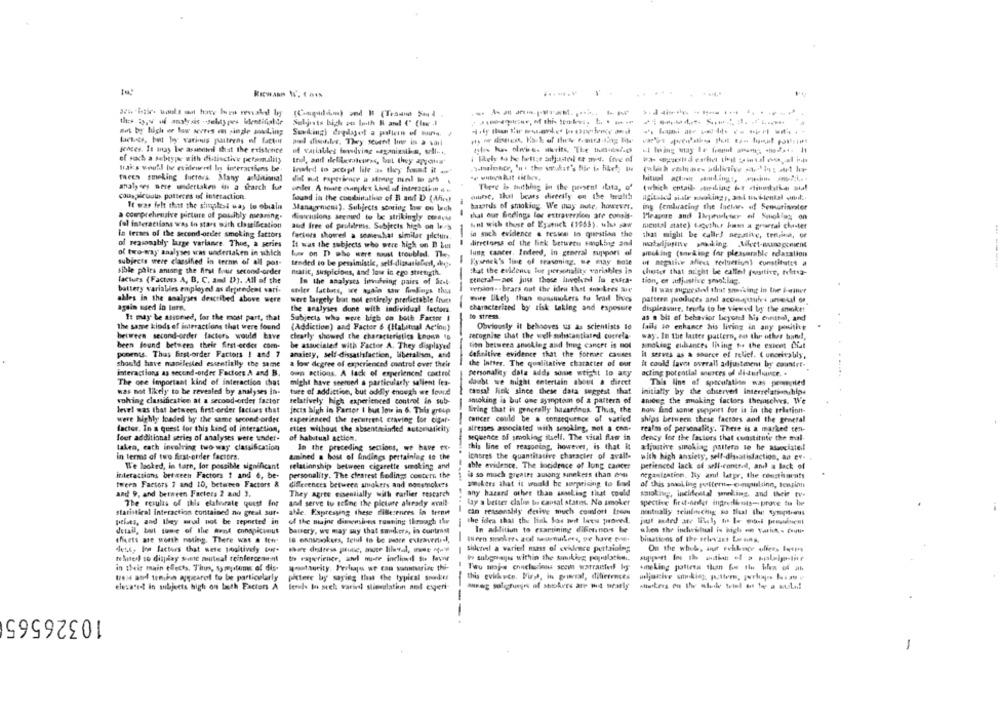
......
--------.-
sont by high w low wires en sindle matin;
Suvking) digdet a palien of mars.
tette, but by various pastryas of factor
piel distider, They scuent line in a sail
gences. It may be asusmed that the existence
of variables fewdring saganinstin, self -..
of sach a farbtyper with distinctive personality
Baks would be eridriveet In interactions be-
Inated to accept life as they fount it .we
tares smoking factors. Many allitional
hitual actoair and.ings, wohn -np .....
analyses were undertaken in a search fut
There is shithhag in the present (lata, of
(which entail sterling if dinlatka sal
onder. A toute canplex Lind af interactii . .
Conspicuulis potteres of interaction.
found in the condinative of R anf D (Wird
munse, that beats diverily on the truth
agitsidd sitr smoking ,, sal tin ilental inol ..
It was felt thett the simplest way to obiain
Manageniem). Subjects soaring lows on bich
bawords of smoking. We may nute, however.
ing (embracing the Inehar- of Semorinvater
a comprehensive picture of possibly nuaning.
that our findings for extraversion are conis-
Pleasure and liceuleter of Sunokias on
distrusions seemed to be strikingly comnews
fal interactions was In start with classification
and free of pruldrins. Subjects high on lecs
Aint with those of Eyannick (1955), ulus jaw
mental state) together bims a grartal che-tet
in terses of the second-order smoking fattors
fetters showed a somewhat similar picture.
-
in such evidence & tessen to question the
that might be calle! seanive, treina, or
of reasonably large variance. Thus, a series
It was the subjects who were high on B bur
direciness of the liek between smoking sad
of two-way analyses was undertaken in which
lung cancer, Indeed, in general support of
bouw on D who were must troubled. The,
smoking (snviking for pleasurable rdasalion
subjects were classified in terms of all pos-
tended to be pessimistic, self-dissatisfied, dee.
Fysenek's Time of reasoning. se may male
of apathie alleu terluerium) constitutes a
sible pairs antang the first four second-order
matic, suspicions, and low in ego strength.
that the evidence for personality variables in
chester that aright be called forsttive, teltsa-
factors (Factors A, B, C, and D). All of the
general-net just those involved la evita-
tion, et adjustive smoking.
In the analysts involving pairs of Sist-
version. . brass out the idea that sok kees sure
battery variables employed as dependent vari-
stier lachats, we ayala tow funFags thea
Il was suggested that smousing in the termner
alles in the analyses described above were
were largely but not entirely predictable fruth
wire likely than consmokers to Wrad lives
pattern peorluces arl aconatifre unetil or
again used in tors.
the analyses dune with individual factors
characterized by risk taking and exposure
displeasure, trusts to be viewel by the smoke!
to stress
It may be assumed, for the most part, that
Subjects who wore high on both Factor I
as a bit of behavior beyond Nis ennstal, and
the same kinds of interactions that were found
(Addiction) and Factor 6 (Habitual Action)
Obviously it behooves us as scientists le
fails 10 enhance his living in any positive
bettera second-order factors would have
clearly showed the characteristics known to
recognise that the well substantiated correla-
way. In the latter pattern, en the other hand !,
been found between their first-order com-
be associated with Factor A. They displayed
tion betweea ansking and Ing cancer is not
sindking enhances living to the extent Ciat
ponents. Thus first-order Factors ! and 7
anxiety, self -dissatisfaction, liberalism, and
definitive evidence that the former causes
it serves as a source of relief. ( unereally,
should have manifested essentially the same
a low degree of experienced control over their
the Water. The qualitative character of our
it could lave overall adjustment by countre-
interactions as second-order Factors A and B.
own ations. A lack of experience! control
personality dala adds some sticht lo ary
acting potential sources of diderince. .
The one important kind of interaction that
might have seemed a particularly salient fea-
doubt we might entertain about a direct
This line of speculation was ponented
was not likely to be revealed by analyses in-
ture of addiction, but oddly enough we found
cansal Riek since these data suggest that
initially by the observer interrelationships
woking classification at a second-order factor
relatively high experienced control in sub-
smoking is but one symptom of a pattern of
among the smoking factors themselves. We
level was that between first-order factors that
jects high in Factor I but low in 6. This group
Bring that is generally hazardous. Thus, the
how find some support for is in the relationt-
were highly loaded by the same second order
experienced the tecurrent craving for cigar-
Cancer could be a consequence of varied
ships between these factors and the general
factor. In a quest for this kind of interaction,
ettes without the absentminded automaticity
altesses associated with sesoking, mot a con-
realm of personality. There is a marked ten-
feer additional series of analyses were under-
of habitual action.
sequence of smoking itself. The vital flaw in
dency for the factors that constitute the mal-
-
this line of reasoning, however, is that it
takea, cath involving two way classification
In the preceding sections, we have ex-
adjuntive sipoking pattern le he associate!
in terms of two first-order factors.
amined a host of findings pertaining to the
Ichores the quantitative characier of avall-
with high ansiety, self-dissatisfaction, an ex-
We looked, in tarn, for possible significant
relationship between cigarette smoking and
able evidence. The incidence of lung cancer
perienced lack of sell-contrad, anil a lack of
is so much greater aulong sinekers than ens
interactions between Factors 1 and 6, be-
personality. The clearest Godings coetert the
neganization. Ny and later, the coasthacats
tweea Factors 7 and 10, between Factors &
differences between smokers and nonsmokers
smokers that it would be surprising to find
of this smol ing porstern- ompulsinn, tenginn
and 9, and between Factors 2 and 3.
They agree essentially with earlier rescarch
any hazard other than ssaeling that could
smoking, incirfestal wording, and their tv-
The results of this elaborate quest for
and serve lu sefine the picture already avait-
lay a better cialis be causal states. No smoker
spective first-nadler ingredients- prove ti twee
statistical interaction contained no greal sur-
alde. Expressing these dilleseners In terni
I can reasonslily desive much comfort troon
mutually teindrechig po Blaat Ihut tymoptimus
pekes, and they add not be reported in
of the major dimensies running through the
the idea that the lisk Sos mot loew proved.
detail, but tone of the ment conspicuous
battery, we may say that smukers, in contrast
In addition to exartining difontos be
theets are worth noting. There was a Iem
--
tern sinoker, aol seurmakers, we have que.
bimations of the relevant Lo mins.
le mansrokers, telul to be more extraverti-l,
desc, Som factors that wete positively Con-
Sure destress prunic, mute lilaval, we eta'
sidervel a varied naass of evidence pertaining
On the whole, ing evilisce uliers lettes
related to display siae muteal reinforcement
to rapwrience, and more incliund So farwwe
Wy subgratis within the sunukiog populathe ..
in their main effects, This, symptoms of dis.
gostascity. Perhaps we can sommarias thi-
Twu maja chuchesions secil watratted by
+me Ling potters than fons the holen of ath
tess and umihn appeared to be particularly
pottere by saying that the typical snadkts
this evirkeco. Mist, in grinceat, differences
adjective smirking putters, perkus him v
elevated! in subjects high on both Factors A lenk In sich varini stimulation nol egeri-
more solohejns af sttolere are mit sesely
--
10326565
-